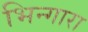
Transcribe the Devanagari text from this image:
भिन्गारा